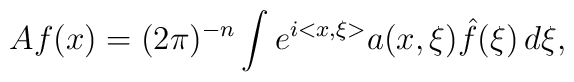
Af(x) = (2\pi)^{-n} \int e^{i<x,\xi>} a(x,\xi) \hat{f}(\xi) \, d\xi,